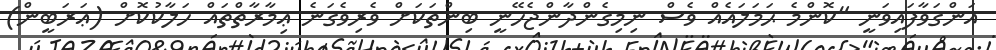
އަންގަވާފައިވަނީ "ކޮންމެ ޙަމަލައެއް ވެސް ނިމިގެންދާންޖެހޭނީ ބިންތަކަށް ވެރިވެގަނެ ޢިމާރާތްތައް ހަލާކުކޮށް (ޢަރަބީން)